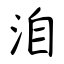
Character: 洎